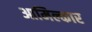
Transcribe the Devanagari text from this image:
आमिल्कार